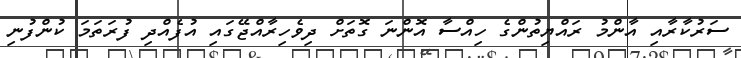
ސަރުކާރާއި އާންމު ރައްޔިތުންގެ ހިިއްސާ އޮންނަ ގޮތަށް ދިވެހިރާއްޖޭގައި އުފެއްދި ފުރަތަމަ ކުންފުނި